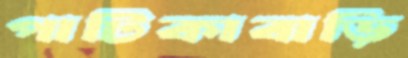
পাটিকাবাড়ি